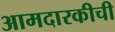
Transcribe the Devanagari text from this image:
आमदारकीची